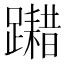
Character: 𨆮